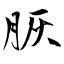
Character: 脄